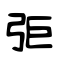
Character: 弡